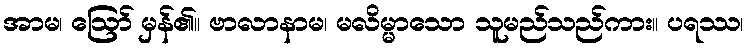
အာမ၊ ဩော် မှန်၏။ ဗာလာနာမ၊ မလိမ္မာသော သူမည်သည်ကား။ ပရဿ၊